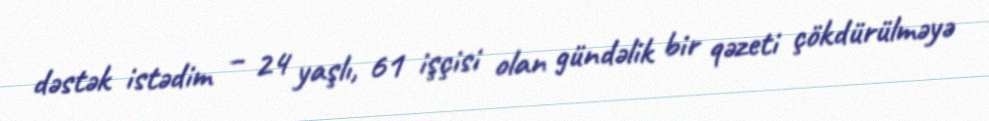
dəstək istədim – 24 yaşlı, 61 işçisi olan gündəlik bir qəzeti çökdürülməyə